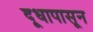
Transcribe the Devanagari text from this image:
दूधापासून